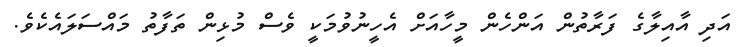
އަދި އާއިލާގެ ފަރާތުން އަންހެން މީހާއަށް އެހީނުވުމަކީ ވެސް މުޅިން ތަފާތު މައްސަލައެކެވެ.